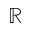
\mathbb { R }